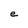
Character: e